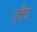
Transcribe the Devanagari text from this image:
त्वैष